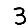
Digit: 3